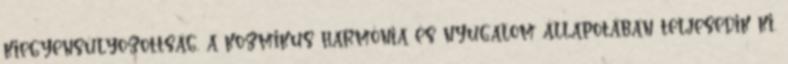
kiegyensúlyozottság, a kozmikus harmónia és nyugalom állapotában teljesedik ki.